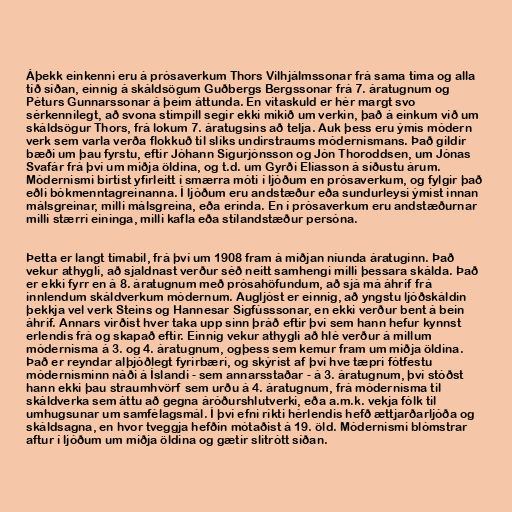
Áþekk einkenni eru á prósaverkum Thors Vilhjálmssonar frá sama tíma og alla
tíð síðan, einnig á skáldsögum Guðbergs Bergssonar frá 7. áratugnum og
Péturs Gunnarssonar á þeim áttunda. En vitaskuld er hér margt svo
sérkennilegt, að svona stimpill segir ekki mikið um verkin, það á einkum við um
skáldsögur Thors, frá lokum 7. áratugsins að telja. Auk þess eru ýmis módern
verk sem varla verða flokkuð til slíks undirstraums módernismans. Það gildir
bæði um þau fyrstu, eftir Jóhann Sigurjónsson og Jón Thoroddsen, um Jónas
Svafár frá því um miðja öldina, og t.d. um Gyrði Elíasson á síðustu árum.
Módernismi birtist yfirleitt í smærra móti í ljóðum en prósaverkum, og fylgir það
eðli bókmenntagreinanna. Í ljóðum eru andstæður eða sundurleysi ýmist innan
málsgreinar, milli málsgreina, eða erinda. En í prósaverkum eru andstæðurnar
milli stærri eininga, milli kafla eða stílandstæður persóna.

Þetta er langt tímabil, frá því um 1908 fram á miðjan níunda áratuginn. Það
vekur athygli, að sjaldnast verður séð neitt samhengi milli þessara skálda. Það
er ekki fyrr en á 8. áratugnum með prósahöfundum, að sjá má áhrif frá
innlendum skáldverkum módernum. Augljóst er einnig, að yngstu ljóðskáldin
þekkja vel verk Steins og Hannesar Sigfússsonar, en ekki verður bent á bein
áhrif. Annars virðist hver taka upp sinn þráð eftir því sem hann hefur kynnst
erlendis frá og skapað eftir. Einnig vekur athygli að hlé verður á millum
módernisma á 3. og 4. áratugnum, ogþess sem kemur fram um miðja öldina.
Það er reyndar alþjóðlegt fyrirbæri, og skýrist af því hve tæpri fótfestu
módernisminn náði á Íslandi - sem annarsstaðar - á 3. áratugnum, því stóðst
hann ekki þau straumhvörf sem urðu á 4. áratugnum, frá módernisma til
skáldverka sem áttu að gegna áróðurshlutverki, eða a.m.k. vekja fólk til
umhugsunar um samfélagsmál. Í því efni ríkti hérlendis hefð ættjarðarljóða og
skáldsagna, en hvor tveggja hefðin mótaðist á 19. öld. Módernismi blómstrar
aftur í ljóðum um miðja öldina og gætir slitrótt síðan.